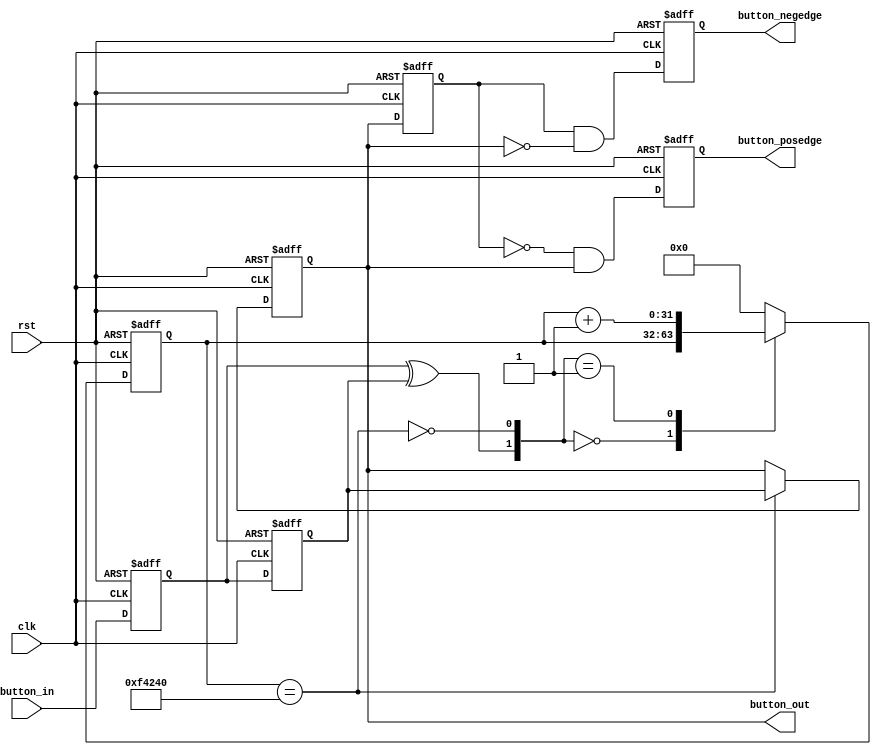
//*************************************************************************\
//Copyright (c) 2017,ALINX(shanghai) Technology Co.,Ltd,All rights reserved
//
//                Project Name  :  
//                     Company  :  ALINX(shanghai) Technology Co.,Ltd
//                         WEB  :  http://www.alinx.cn/
//==========================================================================
//   Description:  button debounce 
//
//   
//==========================================================================
//  Revision History:
//  Date          By            Revision    Change Description
//--------------------------------------------------------------------------
//  2017/5/3     meisq          1.0         Original
//*************************************************************************/

`timescale 1 ns / 100 ps
module  ax_debounce 
(
    input       clk, 
    input       rst, 
    input       button_in,
    output reg  button_posedge,
    output reg  button_negedge,
    output reg  button_out
);
//// ---------------- internal constants --------------
parameter N = 32 ;           // debounce timer bitwidth
parameter FREQ = 50;         //model clock :Mhz
parameter MAX_TIME = 20;     //ms
localparam TIMER_MAX_VAL =   MAX_TIME * 1000 * FREQ;
////---------------- internal variables ---------------
reg  [N-1 : 0]  q_reg;      // timing regs
reg  [N-1 : 0]  q_next;
reg DFF1, DFF2;             // input flip-flops
wire q_add;                 // control flags
wire q_reset;
reg button_out_d0;
//// ------------------------------------------------------

////contenious assignment for counter control
assign q_reset = (DFF1  ^ DFF2);          // xor input flip flops to look for level chage to reset counter
assign q_add = ~(q_reg == TIMER_MAX_VAL); // add to counter when q_reg msb is equal to 0
    
//// combo counter to manage q_next 
always @ ( q_reset, q_add, q_reg)
begin
    case( {q_reset , q_add})
        2'b00 :
                q_next <= q_reg;
        2'b01 :
                q_next <= q_reg + 1;
        default :
                q_next <= { N {1'b0} };
    endcase     
end

//// Flip flop inputs and q_reg update
always @ ( posedge clk or posedge rst)
begin
    if(rst == 1'b1)
    begin
        DFF1 <= 1'b0;
        DFF2 <= 1'b0;
        q_reg <= { N {1'b0} };
    end
    else
    begin
        DFF1 <= button_in;
        DFF2 <= DFF1;
        q_reg <= q_next;
    end
end

//// counter control
always @ ( posedge clk or posedge rst)
begin
	if(rst == 1'b1)
		button_out <= 1'b1;
    else if(q_reg == TIMER_MAX_VAL)
        button_out <= DFF2;
    else
        button_out <= button_out;
end

always @ ( posedge clk or posedge rst)
begin
	if(rst == 1'b1)
	begin
		button_out_d0 <= 1'b1;
		button_posedge <= 1'b0;
		button_negedge <= 1'b0;
	end
	else
	begin
		button_out_d0 <= button_out;
		button_posedge <= ~button_out_d0 & button_out;
		button_negedge <= button_out_d0 & ~button_out;
	end	
end
endmodule